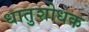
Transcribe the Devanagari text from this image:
धातुशोधक